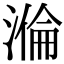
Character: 溣